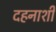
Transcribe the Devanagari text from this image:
दहनाशी